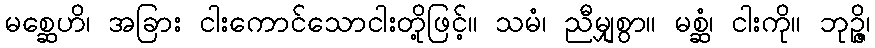
မစ္ဆေဟိ၊ အခြား ငါးကောင်သောငါးတို့ဖြင့်။ သမံ၊ ညီမျှစွာ။ မစ္ဆံ၊ ငါးကို။ ဘုဉ္ဇိ၊